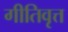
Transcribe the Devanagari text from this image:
गीतिवृत्त